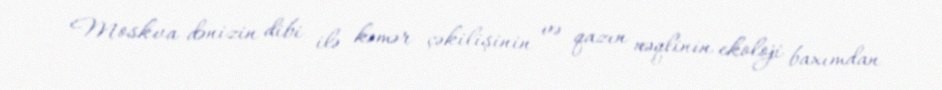
Moskva dənizin dibi ilə kəmər çəkilişinin və qazın nəqlinin ekoloji baxımdan